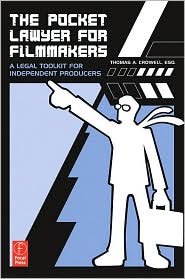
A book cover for The Pocket Lawyer for Filmmakers Publisher: Focal Press; Thomas A. Crowell; Law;